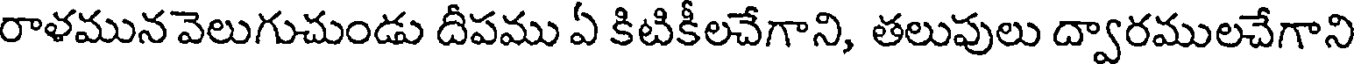
రాళమున వెలుగుచుండు దీపము ఏ కిటికీలచేగాని, తలుపులు ద్వారములచేగాని